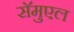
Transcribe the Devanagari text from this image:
सॅमुएल